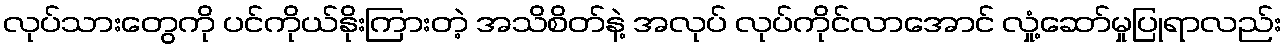
လုပ်သားတွေကို ပင်ကိုယ်နိုးကြားတဲ့ အသိစိတ်နဲ့ အလုပ် လုပ်ကိုင်လာအောင် လှုံ့ဆော်မှုပြုရာလည်း